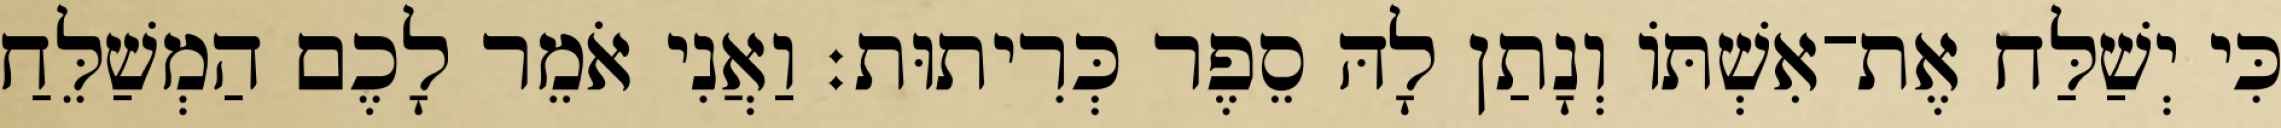
כִּי יְשַׁלַּח אֶת־אִשְׁתּוֹ וְנָתַן לָהּ סֵפֶר כְּרִיתוּת׃ וַאֲנִי אֹמֵר לָכֶם הַמְשַׁלֵּחַ